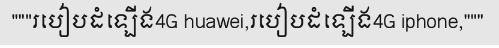
"""របៀបដំឡើង4G huawei,របៀបដំឡើង4G iphone,"""